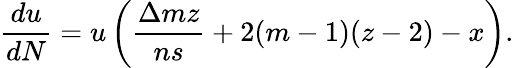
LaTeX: \frac{du}{dN}=u\left(\frac{\Delta mz}{ns}+2(m-1)(z-2)-x\right).